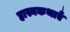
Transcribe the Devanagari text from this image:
हास्यकथाएँ